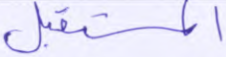
المستقبل